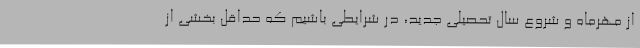
از مهرماه و شروع سال تحصیلی جدید، در شرایطی باشیم که حداقل بخشی از